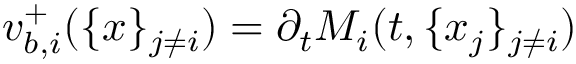
v _ { b , i } ^ { + } ( \{ x \} _ { j \neq i } ) = \partial _ { t } M _ { i } ( t , \{ x _ { j } \} _ { j \neq i } )